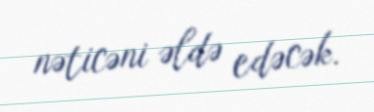
nəticəni əldə edəcək.